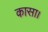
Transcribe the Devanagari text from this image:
कासा।